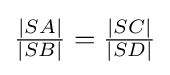
{\tfrac {|SA|}{|SB|}}={\tfrac {|SC|}{|SD|}}